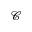
\mathscr { C }